Report on lock hospitals in British Burma
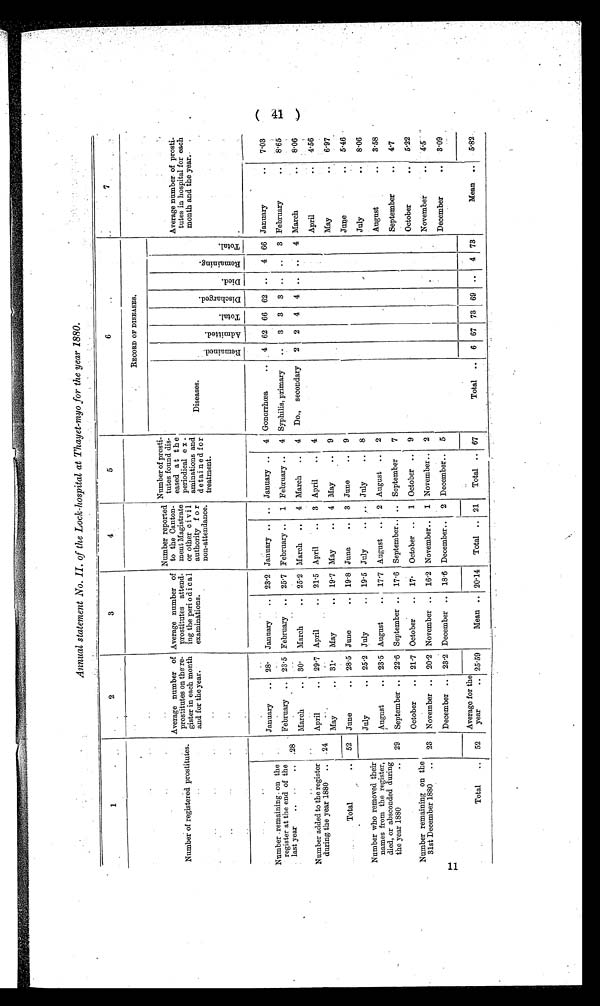
11
Annual statement No. II. of the Lock-hospital at Thayet-myo for the year 1880.
1
2
3
4
5
6
7
Number of registered prostitutes.
Average number of
prostitutes on the re-
gister in each month
and for the year.
Average number of
prostitutes attend-
ing the peri o di cal
examinations.
Number reported
to the Canton-
ment Magistrate
or other c i v il
authority for
non-attendance.
Number of prosti-
tutes found dis -
eased at
t h e
periodical ex-
aminations and
detained for
treatment.
RECORD OF DISEASES.
Average number of
prosti-
tutes in hospital for each
month and the year.
Diseases.
R e m a i n e d .
A d m i t t e d .
T o t a l .
D i s c h a r g e d .
D i e d .
R e m a i n i n g .
T o t a l
January
.. 28. January
.. 23.2 January .. .. January .. 4 Gonorrhœa
.. 4 62 66 62
. .
4 66 January
..
7.03
Number remaining on the
register at the end of the
last year
.. .. 28
February .. 23.5 February .. 25.7 February ..
1 February .. 4 Syphilis, primary
..
3 3
3 .. ..
3 February
..
8.65
Number added to the register
during the year 1880 .. .24
March
..
April
..
30.
29.7
March
..
April
..
25.2
21.5
March ..
April
..
4
3
March ..
April
..
4
4
Do., secondary
2 2
4 4 .. ..
4 March
April
..
..
8.06
4.56
May
31. May
.. 19.7 May
.. 4 May
..
9
'
May
..
6-97
Total
..
52 June
.. 28.5 June
.. 19.8 June
..
3 June
..
9
June
..
5.46
July
.. 25.2 July
.. 19.5 July
..
July
.. 8
July
..
8.06
Number who removed their
names from the register,
died, or absconded during
the year 1880
.. 29
August
..
September ..
23.5
22.6
August
..
September ..
17.7
17.6
August ..
September..
• 2
..
August ..
September
2
7
August
September
..
..
3.58
4.7
Number remaining on the
31st December 1880
.. 23
October
..
November ..
21.7
20.2
October
..
November ..
17.
16.2
October ..
November..
1
1
October ..
November..
9
2
October
November
..
..
5.22
4.5
December .. 23.2 December .. 18.6 December..
2 December.. 5
December
..
3.09
Total
..
52
Average for the
year
.. 25.59
Mean .. 20.14 Total .. 21
Total .. 67
Total
6
67 73 69 ..
4 73
Mean ..
5.82.
( 41 )